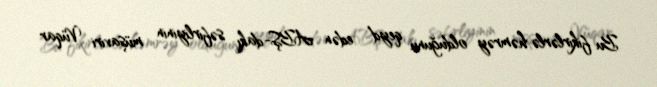
Bu fikirlərlə həmrəy olduğunu qeyd edən ABŞ-dakı səfirliyinin müşaviri Vüqar